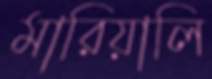
মারিয়ালি